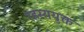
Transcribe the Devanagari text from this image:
रहस्ययुक्त